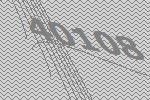
40108